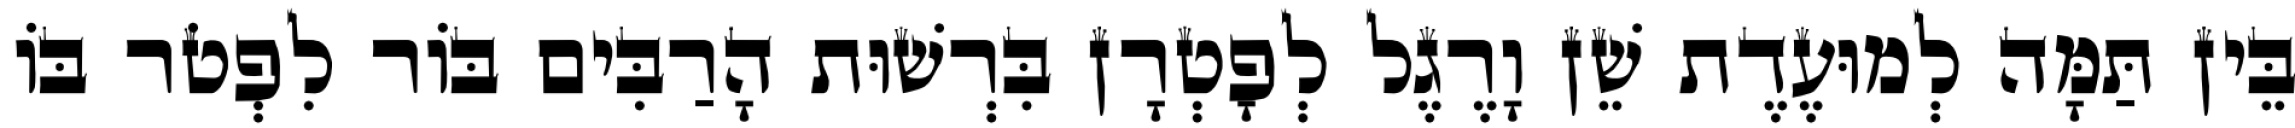
בֵּין תַּמָּה לְמוּעֶדֶת שֵׁן וָרֶגֶל לְפָטְרָן בִּרְשׁוּת הָרַבִּים בּוֹר לִפְטֹר בּוֹ